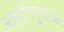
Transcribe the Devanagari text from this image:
अष्टमोऽनुवाकः